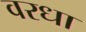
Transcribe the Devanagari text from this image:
वरधा